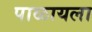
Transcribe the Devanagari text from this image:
पाळायला